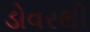
ડોવરથી